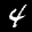
Label: 4